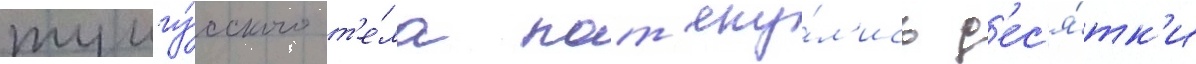
тунгу́сского т'е́ла пот'яну́л'ись д'ес'я́тк'и